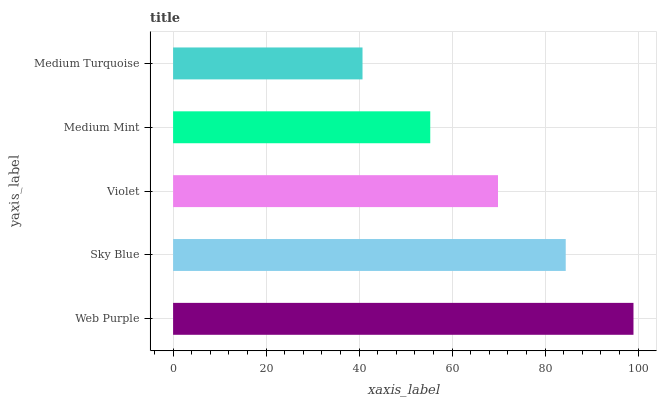
| yaxis_label | bars |
 | --- | --- |
 | Web Purple | 99 |
 | Sky Blue | 84.4 |
 | Violet | 69.9 |
 | Medium Mint | 55.3 |
 | Medium Turquoise | 40.7 |